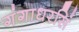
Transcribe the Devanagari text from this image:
गंगाधरसिं